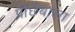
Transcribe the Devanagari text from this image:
पीछेबाला